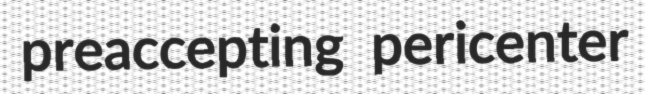
preaccepting pericenter